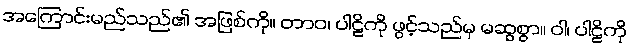
အကြောင်းမည်သည်၏ အဖြစ်ကို။ တာဝ၊ ပါဠိကို ဖွင့်သည်မှ မဆွစွာ။ ဝါ၊ ပါဠိကို